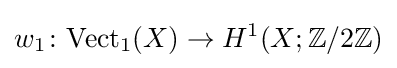
w_{1}\colon \mathrm {Vect} _{1}(X)\to H^{1}(X;\mathbb {Z} /2\mathbb {Z} )